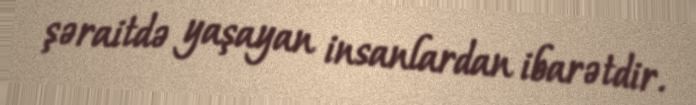
şəraitdə yaşayan insanlardan ibarətdir.